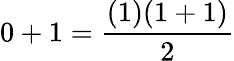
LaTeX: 0+1={\frac{(1)(1+1)}{2}}